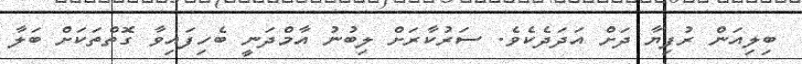
ބިލިއަން ރުފިޔާ ދަށް އަދަދެކެވެ. ސަރުކާރަށް ލިބުނު އާމްދަނީ ބެހިފައިވާ ގޮތްތަކަށް ބަލާ